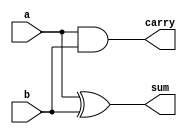


module half_adder_dataflow(
    input a,
    input b,
    output sum,
    output carry
    );
  
    // Dataflow uses continuous assignments 
    assign sum = a ^ b;    // a XOR b
    assign carry = a & b;  // a AND b
  
endmodule



module testbench();
  
    // Declare variables and nets for module ports
    reg a;
    reg b;
    wire sum;
    wire carry;  
  
    // Instantiate the module
    half_adder_dataflow HALF_ADD(
        .a(a),
        .b(b),
        .sum(sum),
        .carry(carry)
        );
  
    // Generate stimulus and monitor module ports
    initial begin
        $monitor("a=%b, b=%b, sum=%b, carry=%b", a, b, sum, carry);
    end  
  
    initial begin
        #1; a = 0; b = 0;
        #1; a = 0; b = 1;
        #1; a = 1; b = 0;
        #1; a = 1; b = 1;
        #1; a = 0; b = 0;
        #1; a = 1; b = 1;
    end
  
endmodule